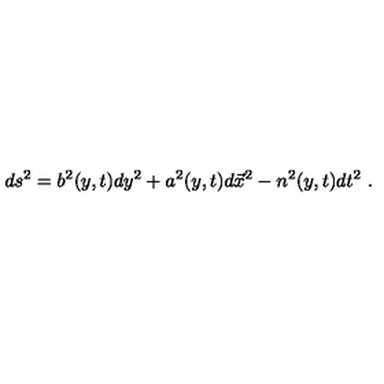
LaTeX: d s ^ { 2 } = b ^ { 2 } ( y , t ) d y ^ { 2 } + a ^ { 2 } ( y , t ) d \vec { x } ^ { 2 } - n ^ { 2 } ( y , t ) d t ^ { 2 } \ .